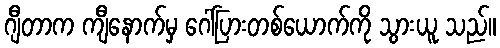
ဂျီတာက ကျီနောက်မှ ဂေါ်ပြားတစ်ယောက်ကို သွားယူ သည်။